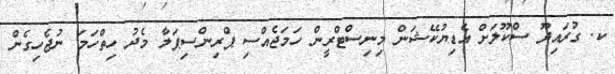
ކ. ގުރައިދޫ ސްކޫލަށް އެޑިޔުކޭޝަން މިނިސްޓްރީން ހަމަޖެއްސި ޕްރިންސިޕަލާ މެދު ހިތްހަމަ ނުޖެހިގެން